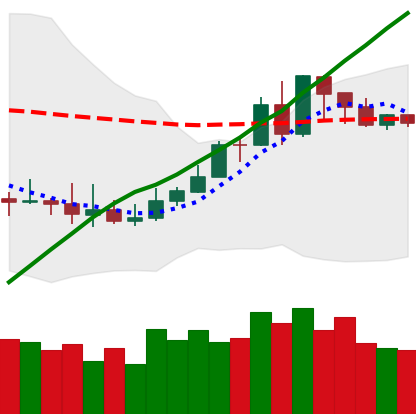
Ticker: XMR-USD
Chart end date: 2019-08-12
Forward return: -10.082%
Label: down_7plus